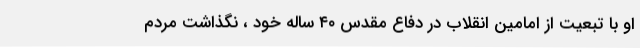
او با تبعیت از امامین انقلاب در دفاع مقدس ۴۰ ساله خود ، نگذاشت مردم